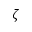
\zeta